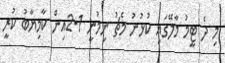
މި ދެ ޓީމު މާލޭގައި ކުޅުނު މެޗު ނިމުނީ 1-2އިން ކާމިޔާބު ކުރީ